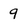
Character: 9